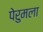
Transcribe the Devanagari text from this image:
पेरुमला